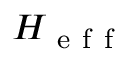
H _ { \mathrm { ~ e ~ f ~ f ~ } }